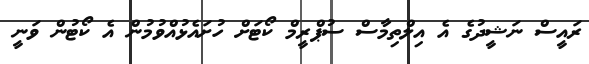
ރައީސް ނަޝީދުގެ އެ އިލްތިމާސް ސުޕްރީމް ކޯޓަށް ހުށައެޅުއްވުމުން އެ ކޯޓުން ވަނީ